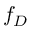
f _ { D }